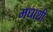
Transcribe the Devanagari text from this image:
मधाशी